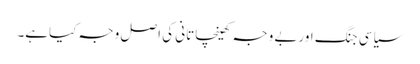
سیاسی جنگ اوربے وجہ کھینچاتانی کی اصل وجہ کیاہے۔